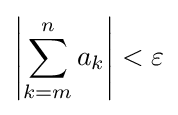
\left|\sum _{k=m}^{n}a_{k}\right|<\varepsilon